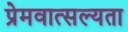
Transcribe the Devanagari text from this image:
प्रेमवात्सल्यता